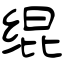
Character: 绲